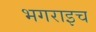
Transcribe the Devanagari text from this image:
भगराइच